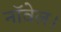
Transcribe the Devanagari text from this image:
नाॅवेल।